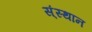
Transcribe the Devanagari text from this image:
स्ंस्थान